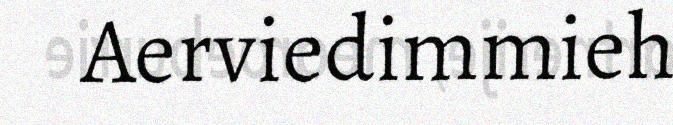
Aerviedimmieh